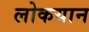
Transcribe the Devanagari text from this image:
लोकयान